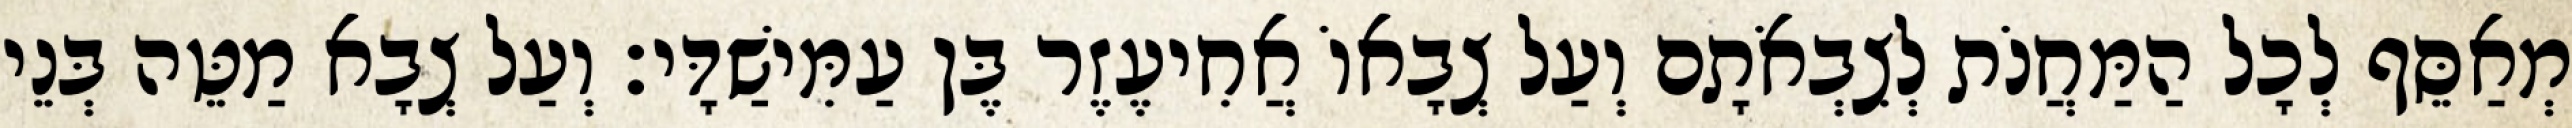
מְאַסֵּף לְכָל הַמַּחֲנֹת לְצִבְאֹתָם וְעַל צְבָאוֹ אֲחִיעֶזֶר בֶּן עַמִּישַׁדָּי׃ וְעַל צְבָא מַטֵּה בְּנֵי